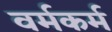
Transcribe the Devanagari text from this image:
वर्मकर्म